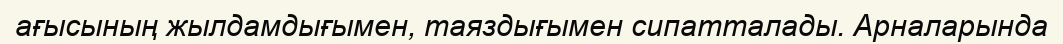
ағысының жылдамдығымен, таяздығымен сипатталады. Арналарында